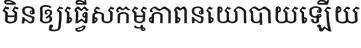
មិនឲ្យធ្វើសកម្មភាពនយោបាយឡើយ